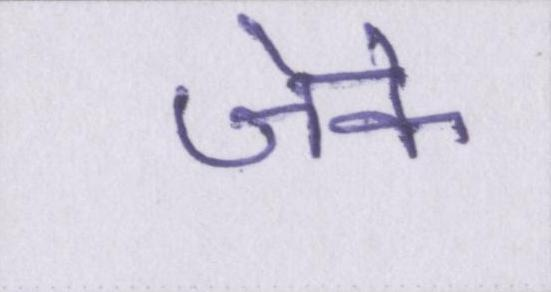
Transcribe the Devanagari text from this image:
जेके